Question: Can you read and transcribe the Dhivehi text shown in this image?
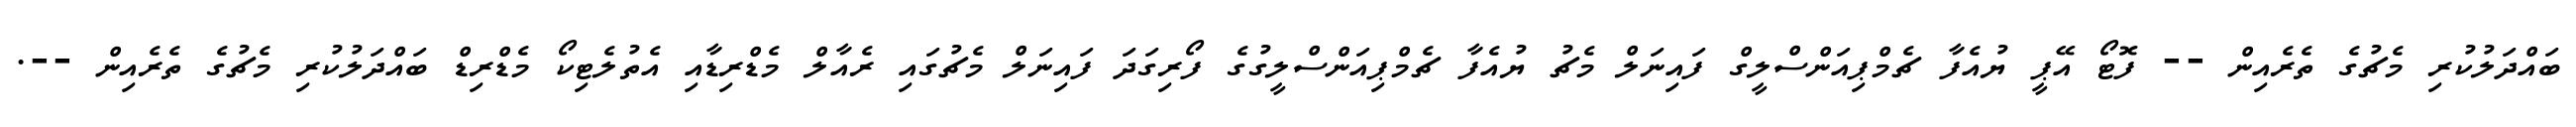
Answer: ބައްދަލުކުރި މެޗުގެ ތެރެއިން -- ފޮޓޯ އޭޕީ ޔުއެފާ ޗެމްޕިއަންސްލީގް ފައިނަލް މެޗު ޔުއެފާ ޗެމްޕިއަންސްލީގުގެ ފޯރިގަދަ ފައިނަލް މެޗުގައި ރެއާލް މެޑްރިޑާއި އެތުލެޓިކޯ މެޑްރިޑް ބައްދަލުކުރި މެޗުގެ ތެރެއިން --.